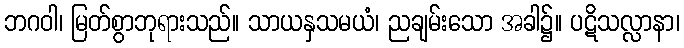
ဘဂဝါ၊ မြတ်စွာဘုရားသည်။ သာယနှသမယံ၊ ညချမ်းသော အခါ၌။ ပဋိသလ္လာနာ၊